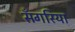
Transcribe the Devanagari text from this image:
सँगरिया